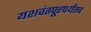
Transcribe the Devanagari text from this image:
यशवंतपूरपर्यंतच